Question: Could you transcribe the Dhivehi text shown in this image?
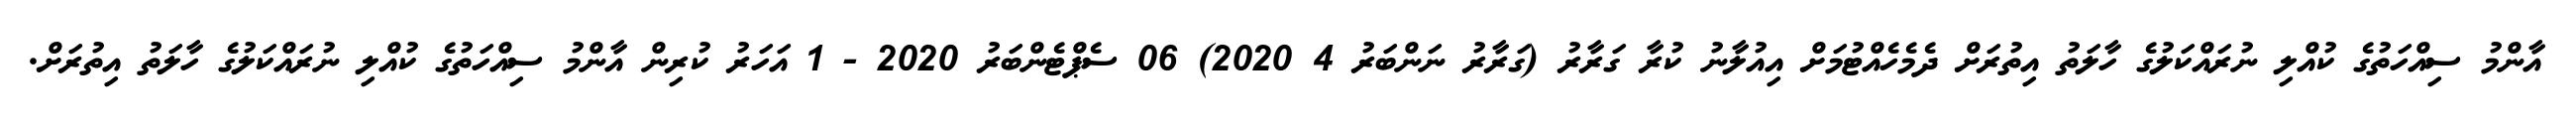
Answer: އާންމު ސިއްހަތުގެ ކުއްލި ނުރައްކަލުގެ ހާލަތު އިތުރަށް ދެމެހެއްޓުމަށް އިއުލާނު ކުރާ ގަރާރު (ގަރާރު ނަންބަރު 4 2020) 06 ސެޕްޓެންބަރު 2020 - 1 އަހަރު ކުރިން އާންމު ސިއްހަތުގެ ކުއްލި ނުރައްކަލުގެ ހާލަތު އިތުރަށް.